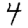
Digit: 4